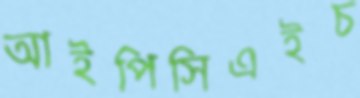
আইপিসিএইচ